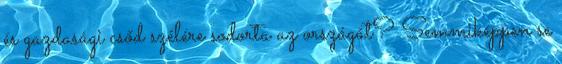
és gazdasági csőd szélére sodorta az országát? Semmiképpen se